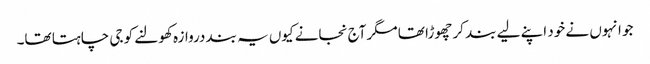
جو انہوں نے خود اپنے لیے بند کر چھوڑا تھا مگر آج نجانے کیوں یہ بند دروازہ کھولنے کو جی چاہتا تھا۔